Peeter_Aleksander_Speek, lk 21
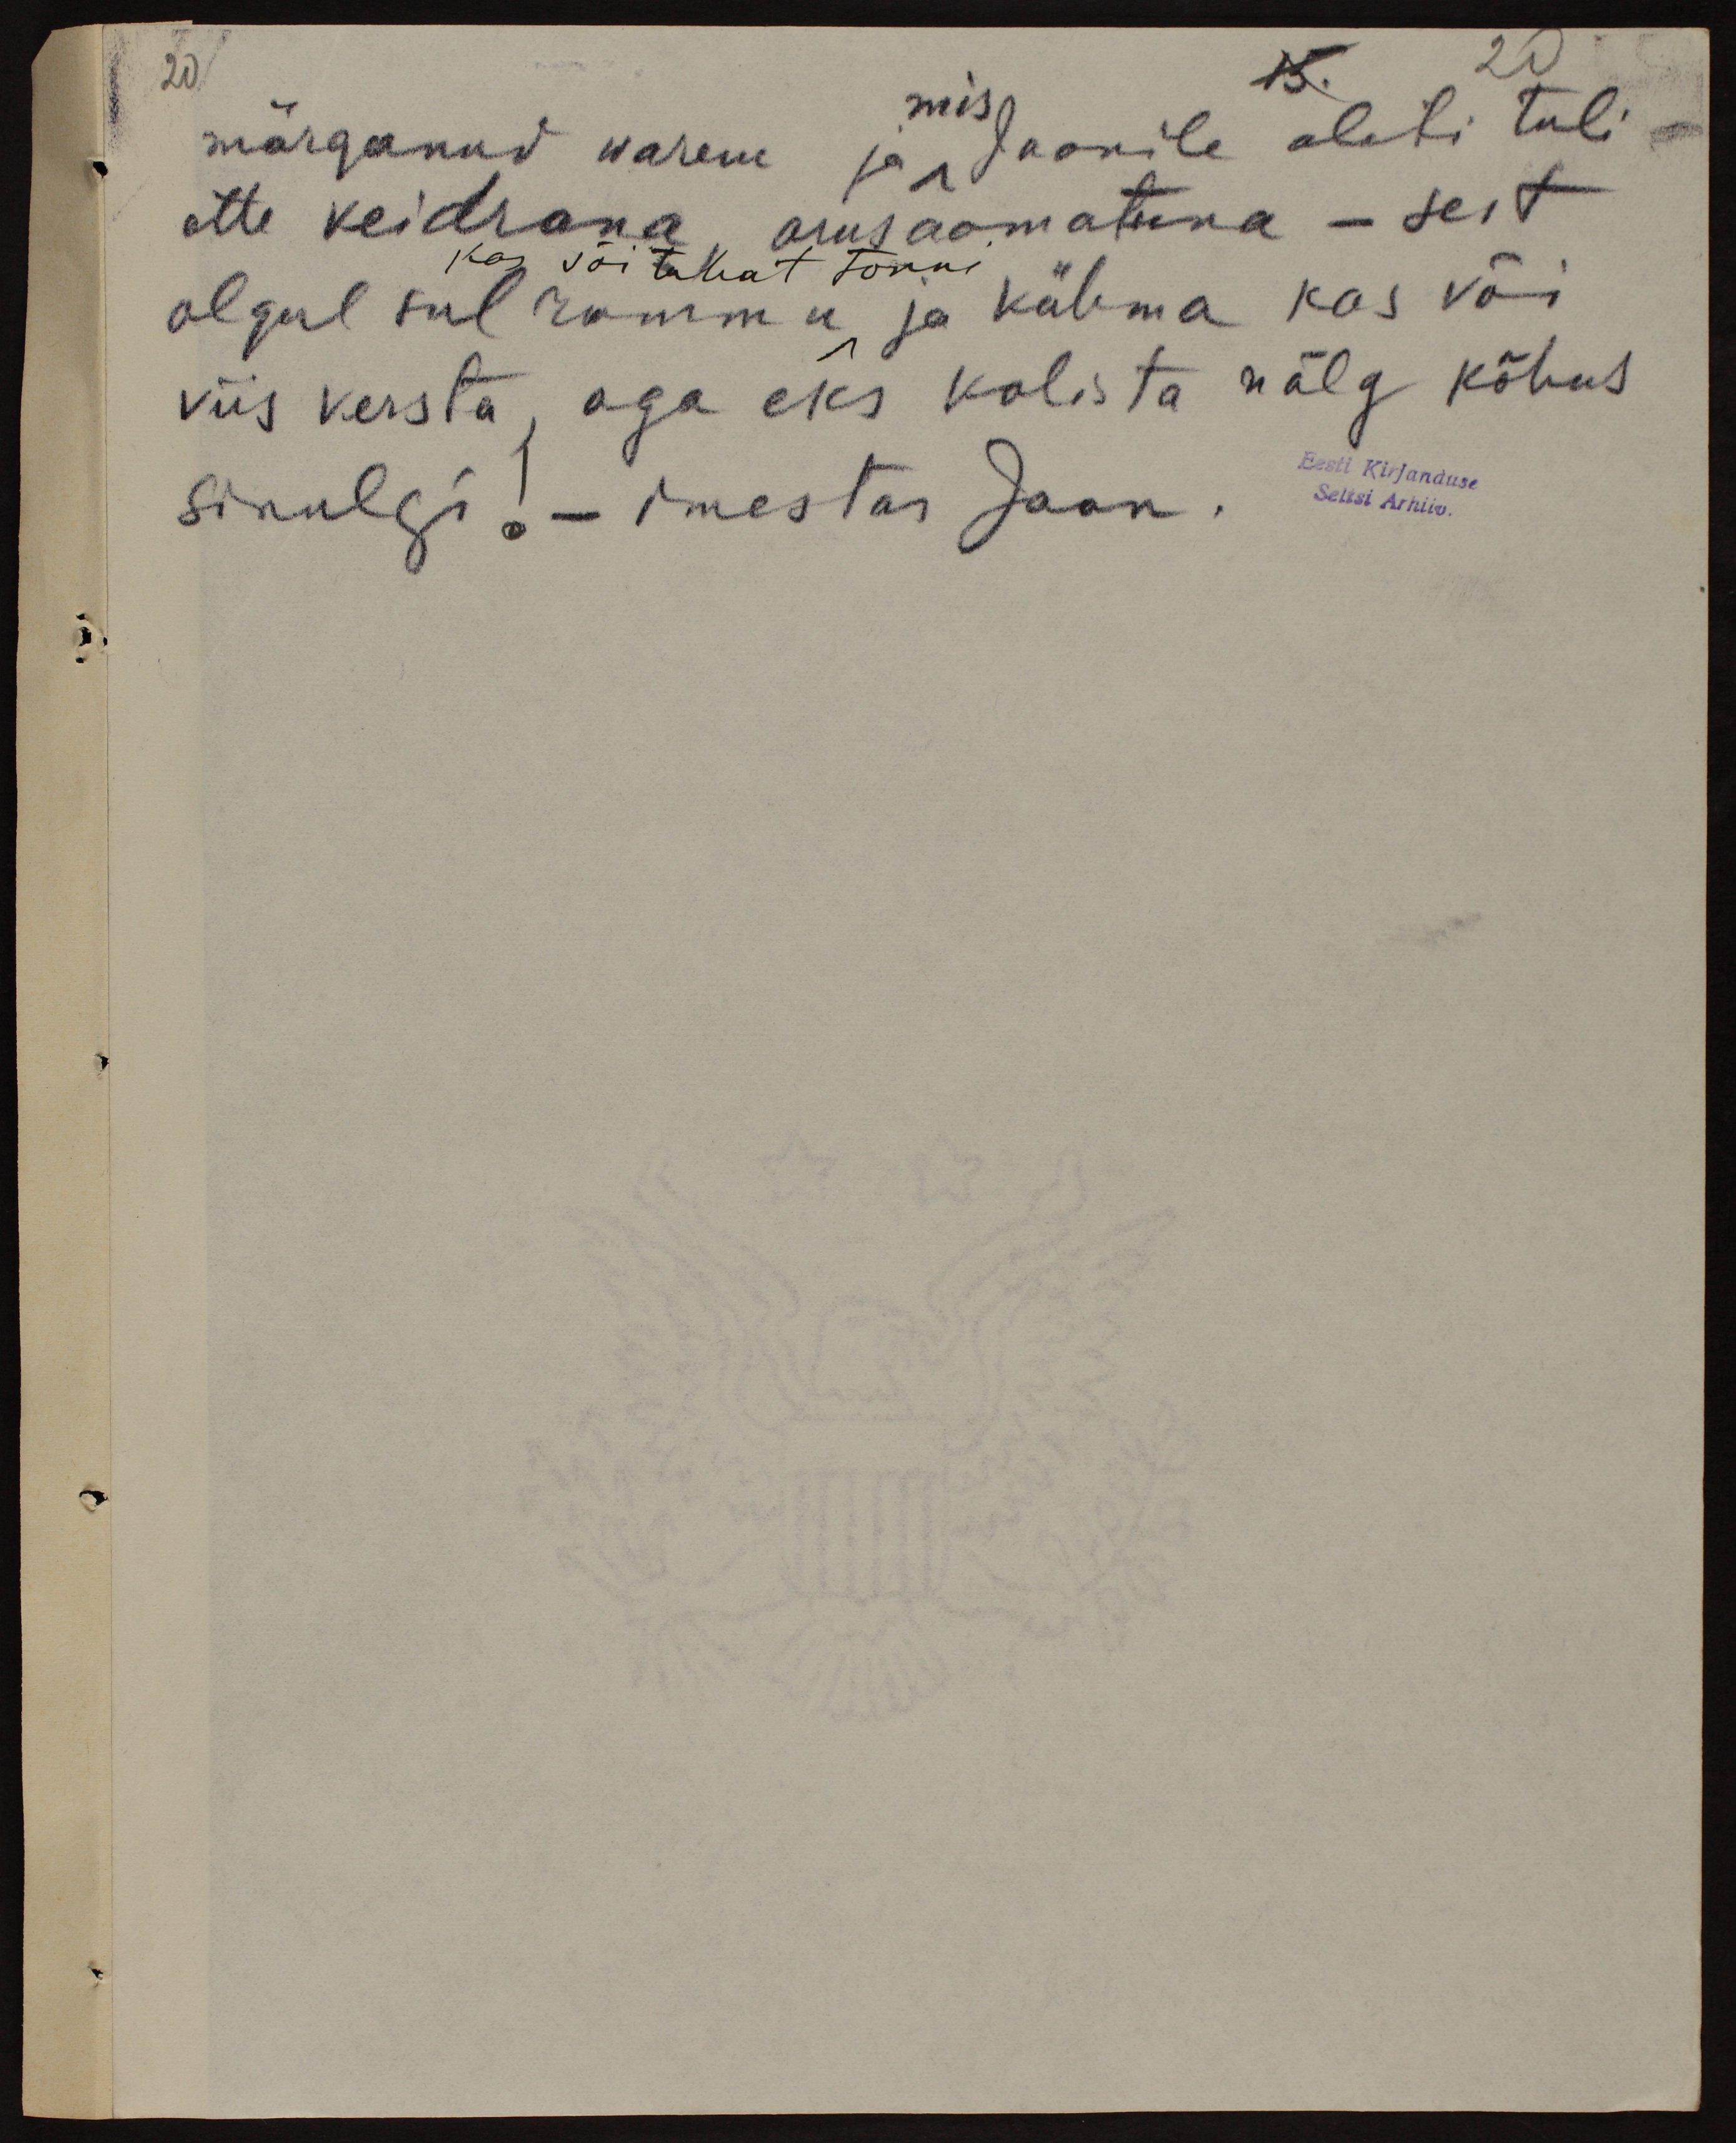
15. 20
20
mis
märganud warem ja Jaanile alati tuli
ette veidrana, arusaamatuna - sest
kas või tuhat tonni
olgul sul rammu ja võhma kas või
viis versta, aga eks kolista nälg kõhus
sinulgi! - imestas Jaan.
Eesti Kirjanduse
Seltsi Arhiiv.